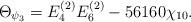
LaTeX: \begin{align*} \Theta_{\psi_3}=E_4^{(2)}E_6^{(2)}-56160\chi_{10}. \end{align*}